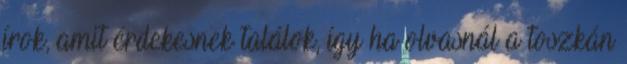
írok, amit érdekesnek találok, így ha olvasnál a toszkán